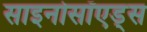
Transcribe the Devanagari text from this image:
साइनोसॉएड्स